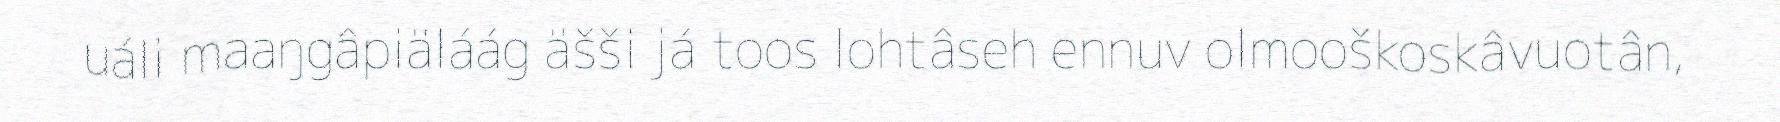
uáli maaŋgâpiäláág äšši já toos lohtâseh ennuv olmooškoskâvuotân,